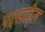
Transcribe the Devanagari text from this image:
पदसाहित्य